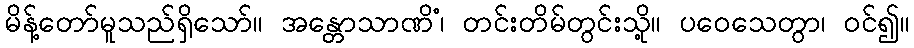
မိန့်တော်မူသည်ရှိသော်။ အန္တောသာဏိံ၊ တင်းတိမ်တွင်းသို့။ ပဝေသေတွာ၊ ဝင်၍။